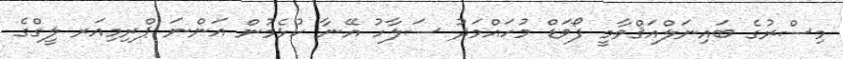
މިސްރުގެ ބައިނަލްއަޤްވާމީ ފޯވަޑް މުހައްމަދު ސަލާހު އޭނާ ކުޅެމުން އަންނަ ޕްރިމިއަރ ލީގްގެ